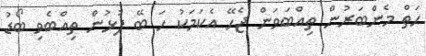
ހަތް މެންބަރުން ތިއްބަވަން ޖެހޭ އެކަމަކު ހަ ބޭ ފުޅުން ތިއްބެވި ބޯޑު